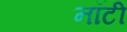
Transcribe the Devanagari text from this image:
नॉटी